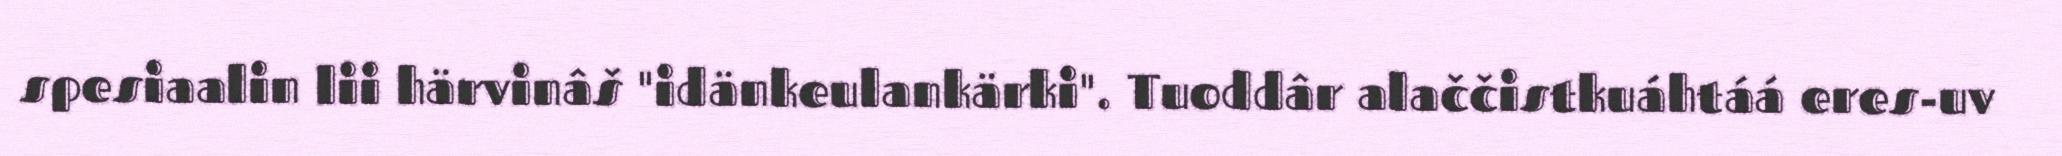
spesiaalin lii härvinâš "idänkeulankärki". Tuoddâr alaččistkuáhtáá eres-uv